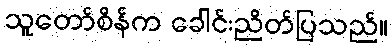
သူတော်စိန်က ခေါင်းညိတ်ပြသည်။